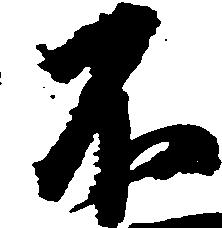
不